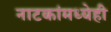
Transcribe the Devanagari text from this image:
नाटकांमध्येही